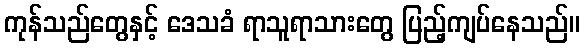
ကုန်သည်တွေနှင့် ဒေသခံ ရာသူရာသားတွေ ပြည့်ကျပ်နေသည်။